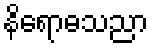
နိရောဓသညာ